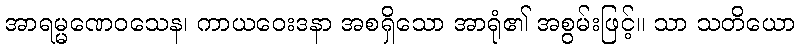
အာရမ္မဏေဝသေန၊ ကာယဝေးဒနာ အစရှိသော အာရုံ၏ အစွမ်းဖြင့်။ သာ သတိယော